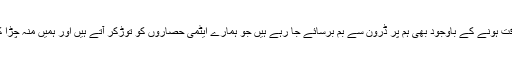
ہم بحیثیت قوم اندر ہی اندر گھلتے جا رہے ہیں کیونکہ ایٹمی طاقت ہونے کے باوجود بھی ہم پر ڈرون سے بم برسائے جا رہے ہیں جو ہمارے ایٹمی حصاروں کو توڑکر آتے ہیں اور ہمیں منہ چڑا کر چلے جاتے ہیں اور ہم بے بس ولاچار دیکھتے رہ جاتے ہیں۔